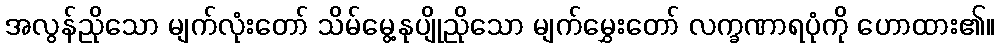
အလွန်ညိုသော မျက်လုံးတော် သိမ်မွေ့နုပျိုညိုသော မျက်မွှေးတော် လက္ခဏာရပုံကို ဟောထား၏။